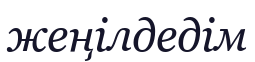
жеңілдедім